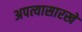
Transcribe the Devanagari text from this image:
अपत्यासारखे